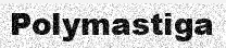
Polymastiga